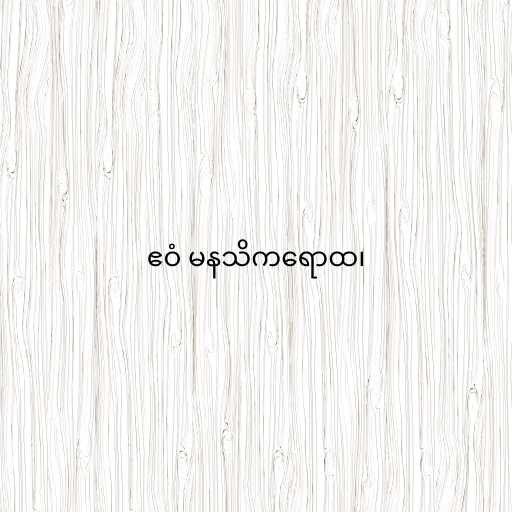
ဧဝံ မနသိကရောထ၊